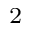
_ 2